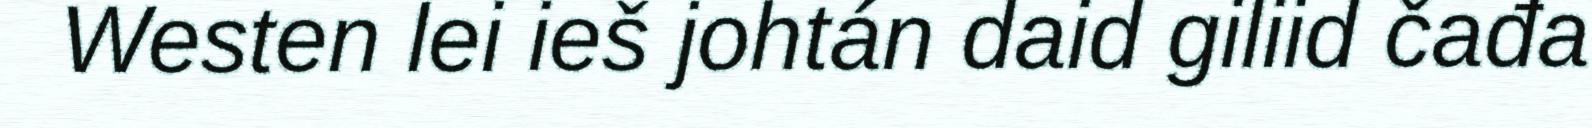
Westen lei ieš johtán daid giliid čađa